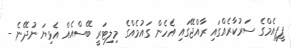
ޕީޕީއެމްގެ ސަރުކާރެއްގައި ރާއްޖޭގައި އެހެން ގައުމެއްގެ މިލިޓަރީ ބޭސްއެއް އެޅިޔަ ނުދޭނެ -